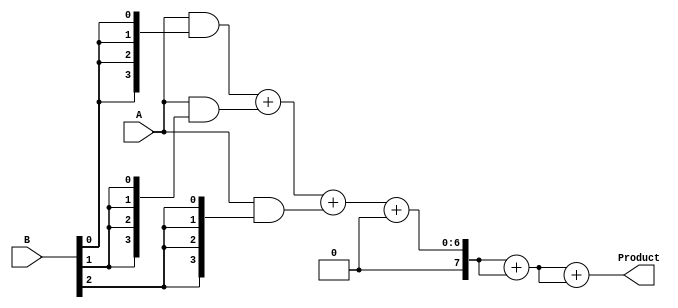
module WallaceTreeMultiplier #(parameter A_WIDTH = 4, B_WIDTH = 4)(
    input [A_WIDTH-1:0] A,
    input [B_WIDTH-1:0] B,
    output reg [A_WIDTH + B_WIDTH - 1:0] Product
);
    
    // Generate partial products
    wire [A_WIDTH-1:0] pp [0:B_WIDTH-1]; // Partial products array
    genvar i;
    generate
        for (i = 0; i < B_WIDTH; i = i + 1) begin : pp_gen
            assign pp[i] = A & {A_WIDTH{B[i]}};
        end
    endgenerate

    // Carry-save adder tree
    wire [A_WIDTH + B_WIDTH - 1:0] sum [0:B_WIDTH-1];
    wire [A_WIDTH + B_WIDTH - 1:0] carry [0:B_WIDTH-1];

    // Initialize the first level of the CSA tree
    assign sum[0] = pp[0];
    assign carry[0] = {A_WIDTH{1'b0}}; // Initial carry is zero

    // Wallace Tree reduction
    genvar j;
    generate
        for (j = 1; j < B_WIDTH; j = j + 1) begin : csa_tree
            wire [A_WIDTH + B_WIDTH - 1:0] sum_temp;
            wire [A_WIDTH + B_WIDTH - 1:0] carry_temp;

            // Carry-save addition of three rows
            if (j % 3 == 0) begin
                assign sum_temp = sum[j-1] + carry[j-1];
                assign carry_temp = {1'b0, sum[j-1]} + {1'b0, carry[j-1]};
            end else begin
                assign sum_temp = sum[j-1] + pp[j];
                assign carry_temp = carry[j-1];
            end

            assign sum[j] = sum_temp;
            assign carry[j] = carry_temp;
        end
    endgenerate

    // Final addition of the last two outputs
    wire [A_WIDTH + B_WIDTH - 1:0] final_sum;
    wire [A_WIDTH + B_WIDTH - 1:0] final_carry;

    assign final_sum = sum[B_WIDTH-1] + carry[B_WIDTH-1];
    assign final_carry = {1'b0, sum[B_WIDTH-1]} + {1'b0, carry[B_WIDTH-1]};

    // Final product calculation
    always @(*) begin
        Product = final_sum + final_carry;
    end

endmodule